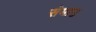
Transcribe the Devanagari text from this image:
सेमाउ